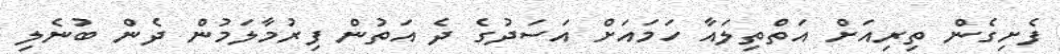
ފެށިގެން ތިރިއަށް އަތްތިލައާ ހަމައަށް އަސަދުގެ ދެ އަތުން ފިރުމާލަމުން ދެން ބުނެލި